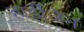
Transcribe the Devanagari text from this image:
हार्डीजेन